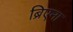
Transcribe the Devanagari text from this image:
ब्रिएना